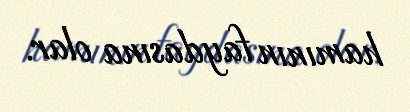
hamının faydasına olar.